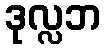
ဒုလ္လဘ